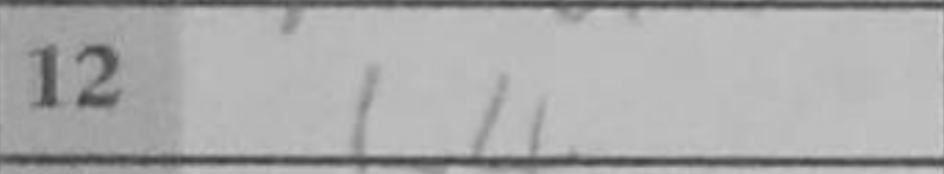
Transcription: b4